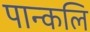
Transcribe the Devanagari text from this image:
पान्कलि